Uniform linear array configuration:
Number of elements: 32
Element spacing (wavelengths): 0.75
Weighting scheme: exponential
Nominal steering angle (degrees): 15
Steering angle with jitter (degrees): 16.348
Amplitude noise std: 0.05
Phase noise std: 0.05

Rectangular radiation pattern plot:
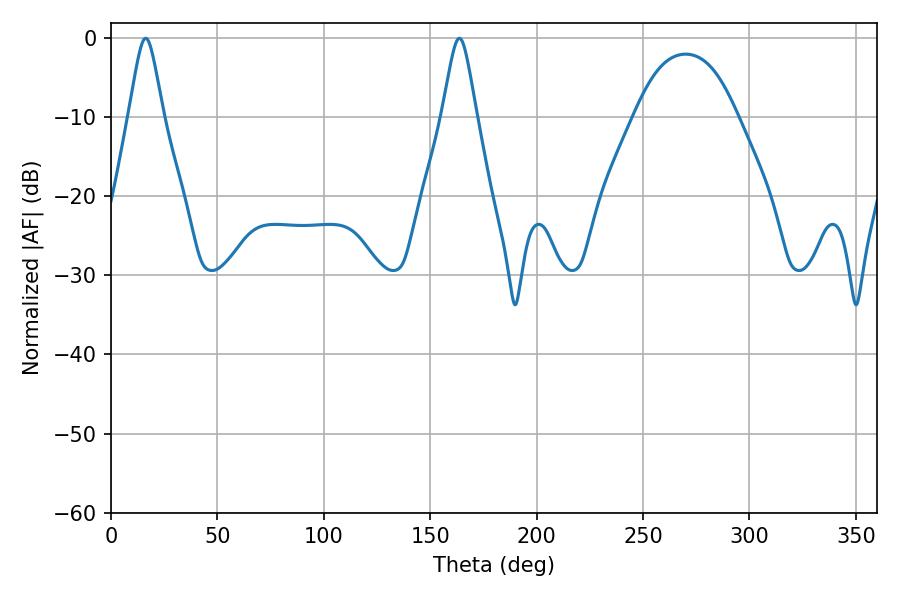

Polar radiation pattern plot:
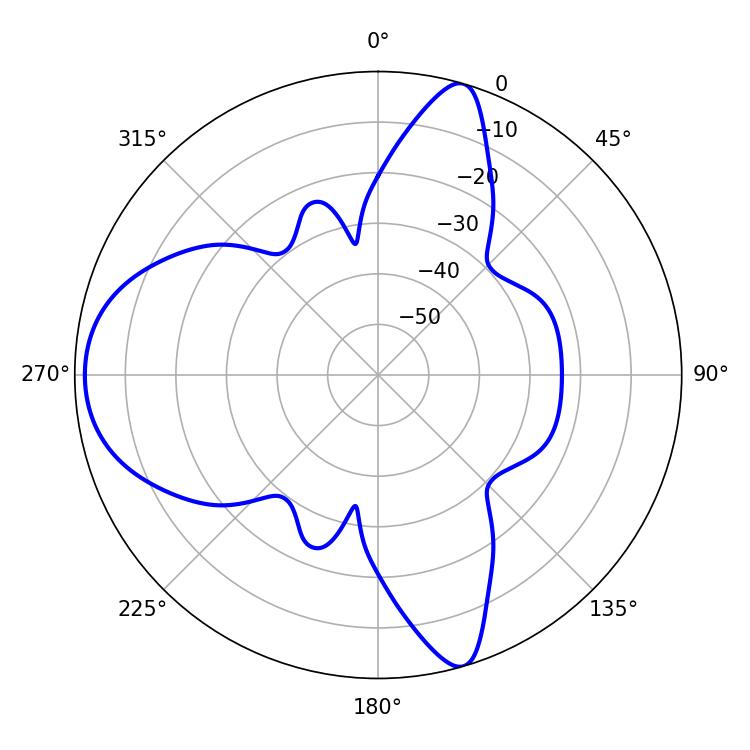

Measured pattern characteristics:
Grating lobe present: TRUE
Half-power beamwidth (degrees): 7.74
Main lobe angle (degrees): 16.38